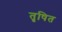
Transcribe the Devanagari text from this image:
तृषित